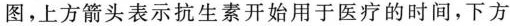
图，上方箭头表示抗生素开始用于医疗的时间，下方